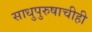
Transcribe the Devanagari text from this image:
साधुपुरुषाचीही